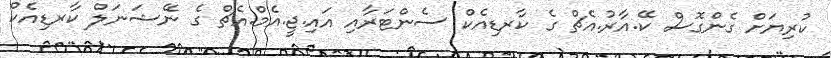
ކުރިޔަށް ގެންގޮސް ކޭ.އާރު.އެޗް ގެ ކާރޑިއެކް ސެންޓަރާއި އައި.ޖީ.އެމް.އެޗް ގެ ނޭޝަނަލް ކާރޑިއެކް